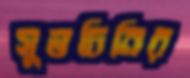
সুভচিনির